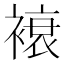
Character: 䙑